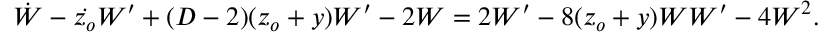
\dot { W } - \dot { z _ { o } } W ^ { \prime } + ( D - 2 ) ( z _ { o } + y ) W ^ { \prime } - 2 W = 2 W ^ { \prime } - 8 ( z _ { o } + y ) W W ^ { \prime } - 4 W ^ { 2 } .